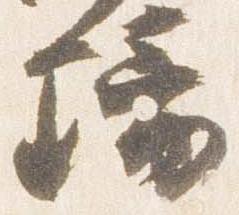
璃